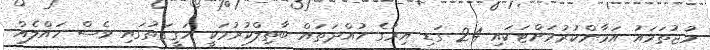
މުޖުތަމައު އަމާންކުރުމަށްޓަކައި 24 ގަޑި އިރުގެ ހުއްދަތައް ބާތިލްކުރުމަކީ ހަގީގަތުގައި ވެސް ހައްލެއް